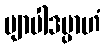
ဗျာပါဒမ္ပာဟံ